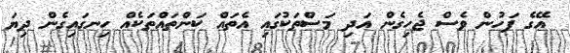
އޭގެ ފަހުން ވެސް ޖެހިގެން އަދި މަސްތަކުގައި އެތައް ކަންތައްތަކެއް ހިނގައިގެން ދިޔަ